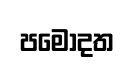
පමොදත